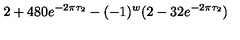
2 + 4 8 0 e ^ { - 2 \pi \tau _ { 2 } } - ( - 1 ) ^ { w } ( 2 - 3 2 e ^ { - 2 \pi \tau _ { 2 } } )